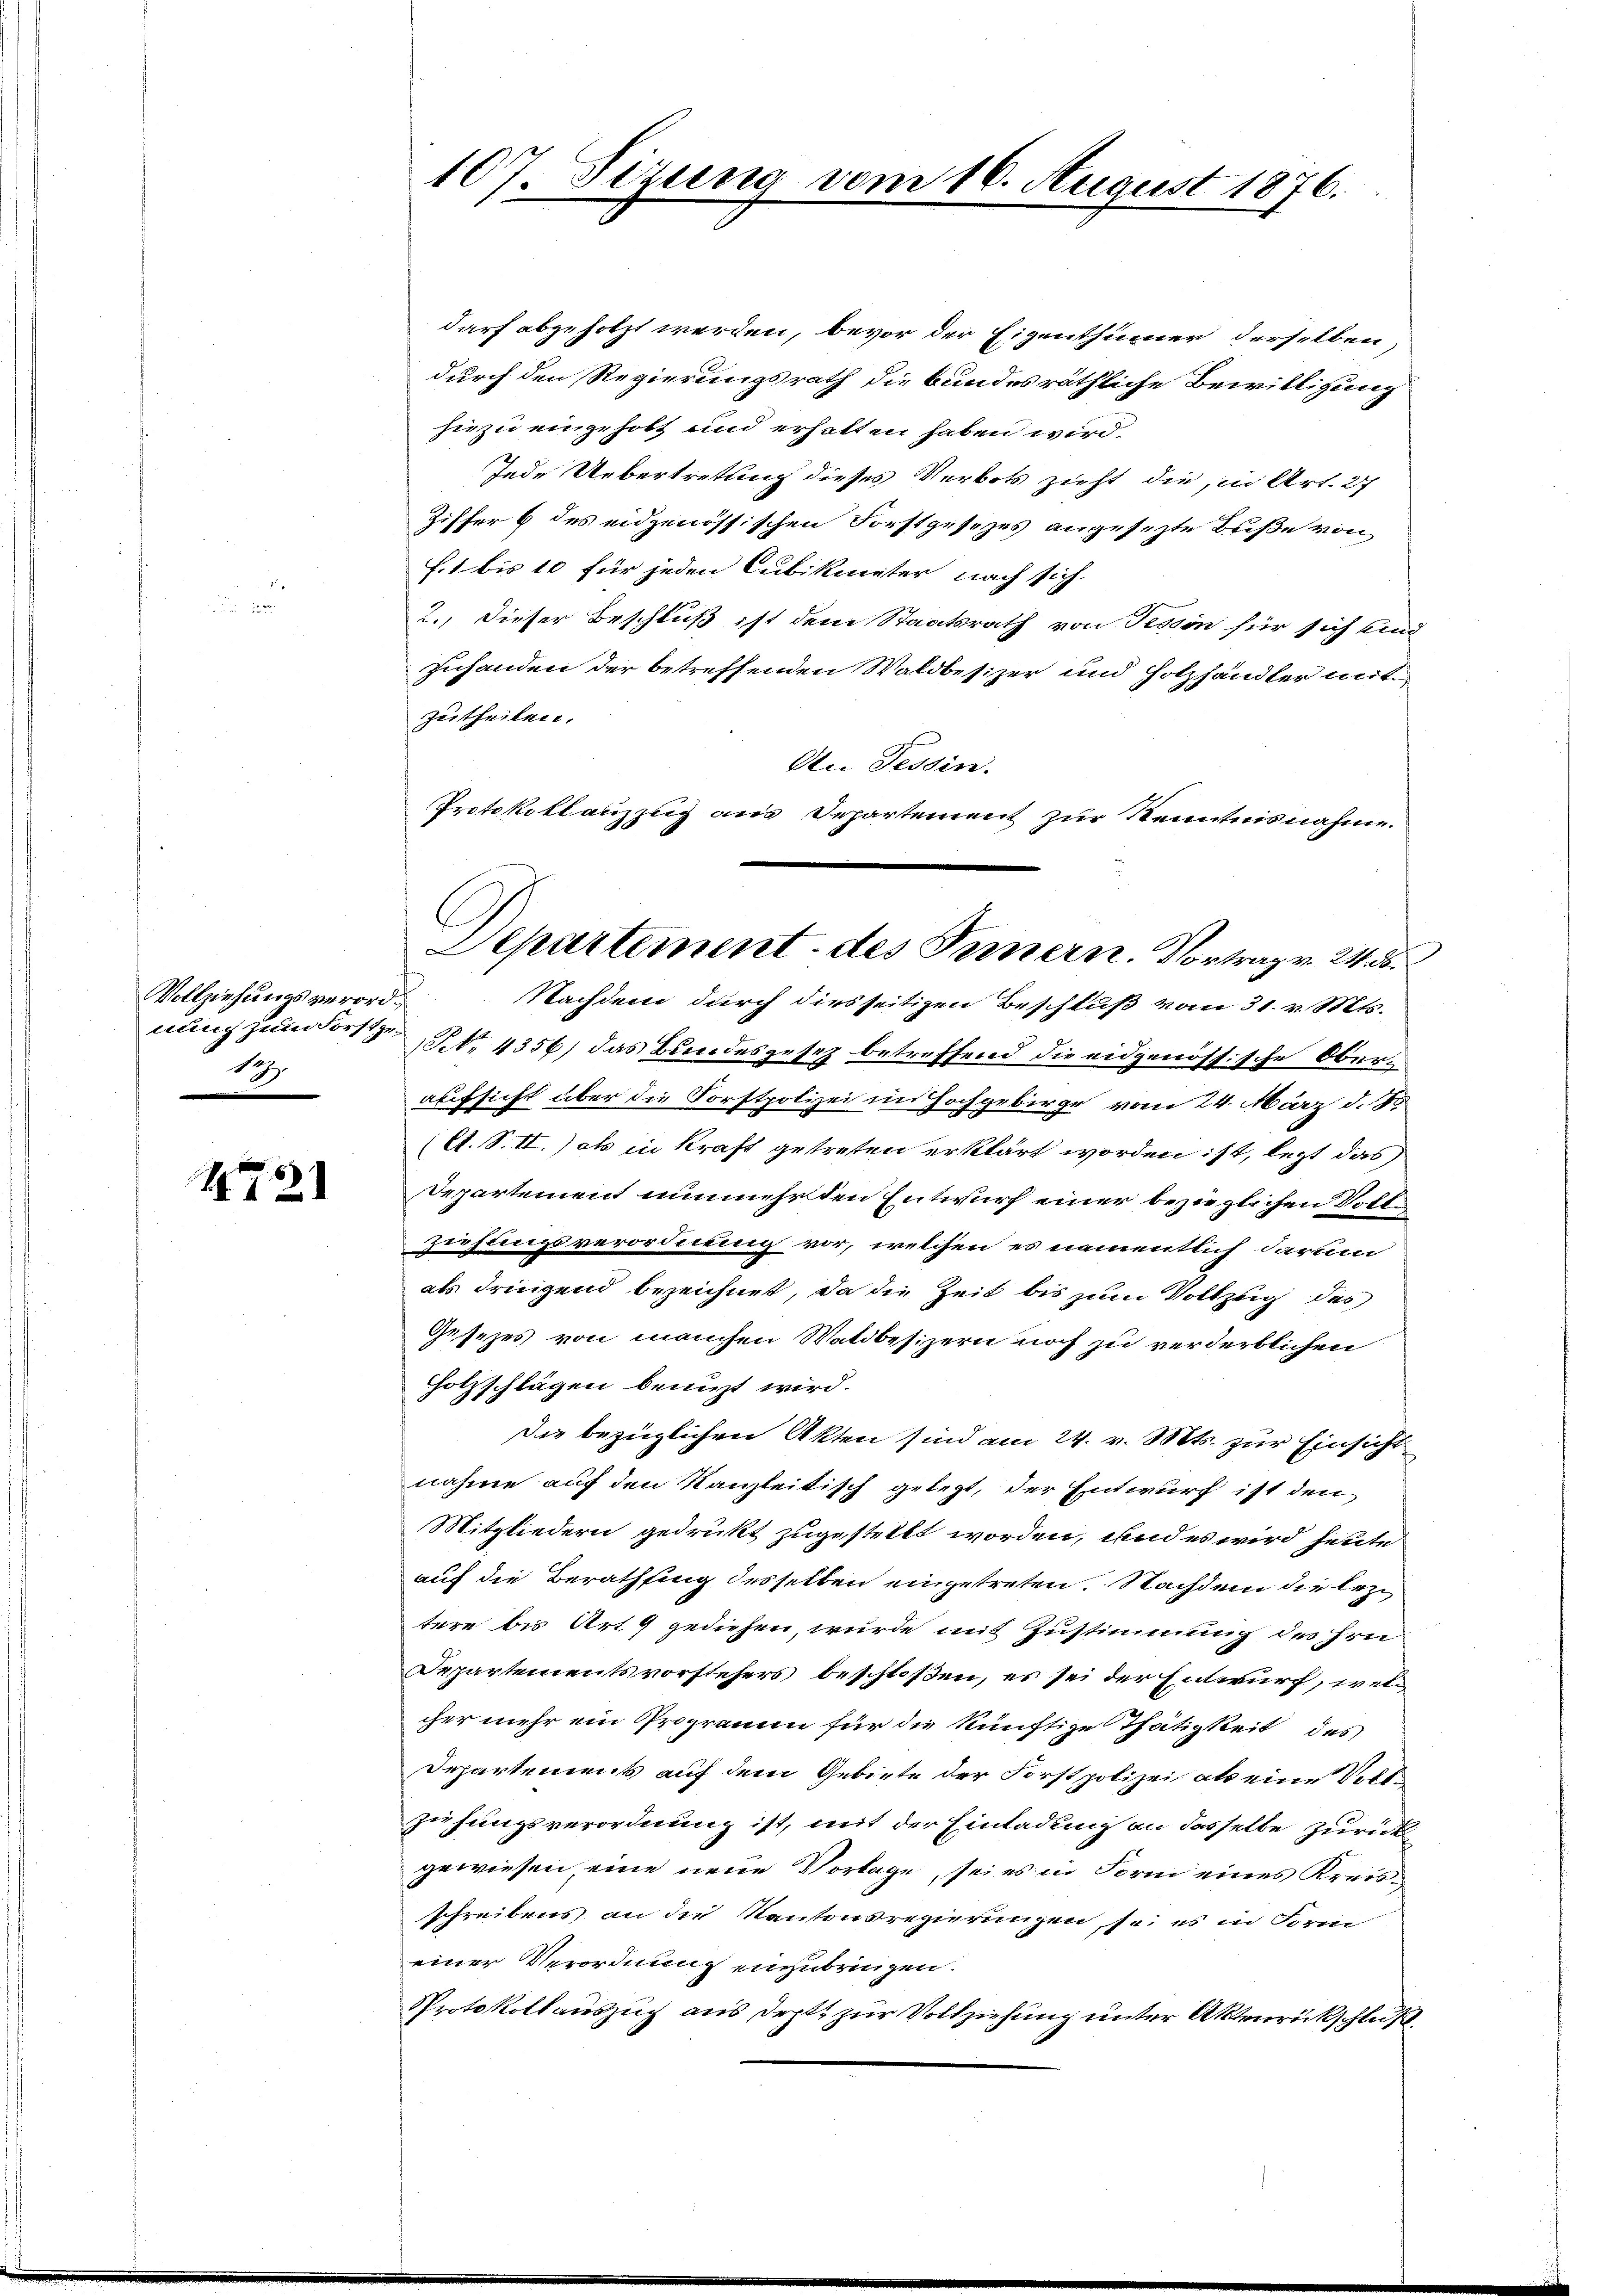
Vollziehungsverordnung zum Forstge¬
12
e

1878

107. Sizung

darf abgeholzt werden, bevor der Eigenthümer derselben,
durch den Regierungsrath die bundesräthliche Bewilligung
hiezu eingeholt und erhalten haben wird.
Jede Uebertretung dieses Verbots zieht die, in Art. 27
Ziffer 6 des eidgenössischen Forstgesetzes angesezte Buße von
f.1 bis 10 für jeden Cubikmeter nach sich
2. Dieser Beschluß ist dem Staatsrath von Tessin für sich ein
Zuhanden der betreffenden Waldbesizer und Holzhändler mit
zutheilen.
An Tessin.
Nachdem durch diesseitigen Beschluß vom 31. v. Mts.
NNo. 4356) das Bundesgesetz betreffend die eidgenössische Oben
aufsicht über die Forstpolizei im Hochgebirge vom 24. März d. J.
(A. S. II.) als in kraft getreten erklärt worden ist, lezt das
Departement nunmehr den Entwurf einer beziehlichen Voll¬
Ziehungsverordnung vor, welchen es namentlich darum
als dringend bezeichnet, da die Zeit bis zum Vollzug des
Gesezes von manchen Waldbesizern noch zu verderblichen
Holzschlägen benuzt wird.
Die bezüglichen Akten sind am 24. v. Mts. zur Einsicht
nahme auf den Kanzleitisch gelegt, der Entwurf ist den
Mitgliedern gedrukt zugestellt worden, und es wird heute
auf die Berathung desselben eingetreten. Nachdem die leztere bis Art. 9 gediesen, wurde mit Zustimmung des Hrn
Departementsvorstehers beschloßen, es sei der Entwurf, welcher mehr ein Programm für die künftige Thätigkeit des
Departement auf dem Gebiete der Forstpolizei als eine Vollziehungsverordnung ist, mit der Einladung an dasselbe zurück
gewiesen, eine neue Vorlage, sei es in Form eines Kreisschreibens an die Kantonsregierungen, sei es in Form
einer Verordnung einzubringen.
Protokollauszug aus deptt zur Vollziehung unter Aktenrückschluß

vom 16. August 1876.

Protokollanzzug aus Departement zur Kenntnisnahme.
Departement des Innern. Vortrag v. 24. d.